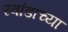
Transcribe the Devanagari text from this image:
रवांडाच्या